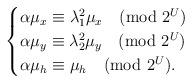
LaTeX: \begin{align*}\begin{cases} \alpha \mu_x \equiv \lambda_1^2 \mu_x \pmod{2^U} \\ \alpha \mu_y \equiv \lambda_2^2 \mu_y \pmod{2^U} \\ \alpha \mu_h \equiv \mu_h \pmod{2^U}. \end{cases}\end{align*}